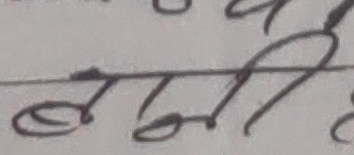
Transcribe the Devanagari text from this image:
रिमय